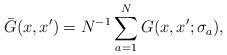
LaTeX: \begin{align*}\bar{G}(x,x')=N^{-1} \sum_{a=1}^{N} G(x,x';\sigma_a) ,\end{align*}